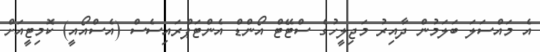
އެ މައްސަލަ ބަލަމުން ދާއިރު މަޖިލީހުގެ ސްޓޭޓް އޯންޑް އެންޓަޕްރައިސެސް (އެސްއޯއީ) ކޮމިޓީއަށް